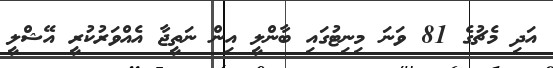
އަދި މެޗުގެ 81 ވަނަ މިނިޓުގައި ބާންލީ އިން ނަތީޖާ އެއްވަރުކުރީ އޭޝްލީ